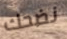
نضحك